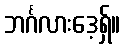
ဘင်္ဂလားဒေ့ရှ်။